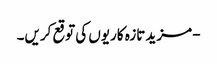
- مزید تازہ کاریوں کی توقع کریں۔